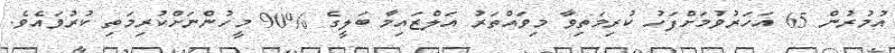
އުމުރުން 65 އަހަރުވުމަށްފަހު ކުރިމަތިވާ މިވައްތަރު އަލްޒައިމާ ބަލީގެ %90 މީހުންނަށްކުރިމަތި ކުރުވައެވެ.